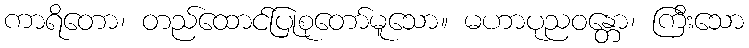
ကာရိတော၊ တည်ထောင်ပြုစုတော်မူသော။ မဟာပုညဝန္တော၊ ကြီးသော